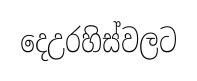
දෙඋරහිස්වලට